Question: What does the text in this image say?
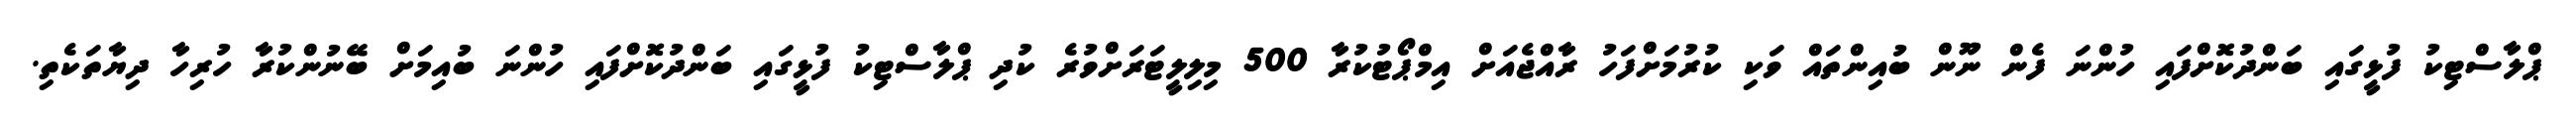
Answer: ޕްލާސްޓިކު ފުޅީގައި ބަންދުކޮށްފައި ހުންނަ ފެން ނޫން ބުއިންތައް ވަކި ކުރުމަށްފަހު ރާއްޖެއަށް އިމްޕޯޓުކުރާ 500 މިލިލީޓަރަށްވުރެ ކުދި ޕްލާސްޓިކު ފުޅީގައި ބަންދުކޮށްފައި ހުންނަ ބުއިމަށް ބޭނުންކުރާ ހުރިހާ ދިޔާތަކެތި.